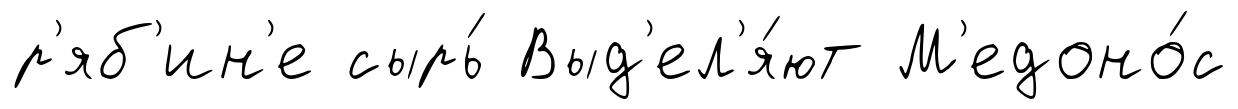
р'яб'ин'е сырь́ Выд'ел'я́ют М'едоно́с